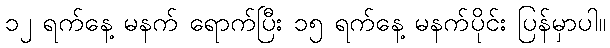
၁၂ ရက်နေ့ မနက် ရောက်ပြီး ၁၅ ရက်နေ့ မနက်ပိုင်း ပြန်မှာပါ။